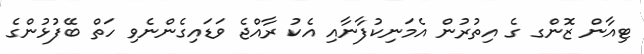
ޓިއާން ޒޮންގ ގެ އިތުރުން އެމަނިކުފާނާއި އެކު ރާއްޖެ ވަޑައިގެންނެވި ހަތް ބޭފުޅުންގެ